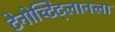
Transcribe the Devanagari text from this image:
टेनोच्टिट्लानला